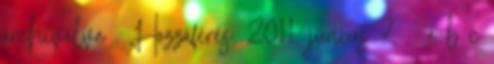
archiválva . Hozzáférés: 2011. június 7. ↑ a b c